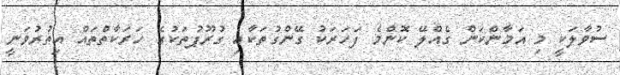
ސުވާލަކީ މި އަމާންކަން ގެއްލޭ ކޮންމެ ފަހަރަކު ގޭންގުތަކާއި ގުރޫޕުތަކުގެ ހަރަކާތްތައް އިތުރުވަނީ